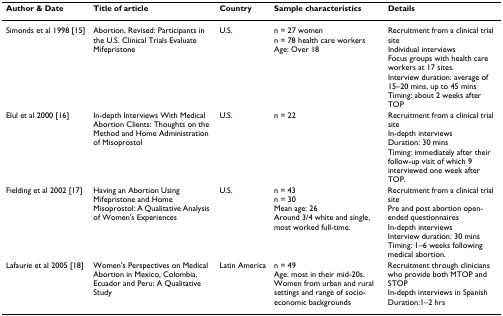
| Author & Date | Title of article | Country | Sample characteristics | Details |
 | --- | --- | --- | --- | --- |
 | Simonds et al 1998 [15] | Abortion, Revised: Participants in the U.S. Clinical Trials Evaluate Mifepristone | U.S. | n = 27 womenn = 78 health care workersAge: Over 18 | Recruitment from a clinical trial siteIndividual interviewsFocus groups with health care workers at 17 sites.Interview duration: average of 15–20 mins, up to 45 minsTiming: about 2 weeks after TOP |
 | Elul et al 2000 [16] | In-depth Interviews With Medical Abortion Clients: Thoughts on the Method and Home Administration of Misoprostol | U.S. | n = 22 | Recruitment from a clinical trial siteIn-depth interviewsDuration: 30 minsTiming: immediately after their follow-up visit of which 9 interviewed one week after TOP. |
 | Fielding et al 2002 [17] | Having an Abortion Using Mifepristone and Home Misoprostol: A Qualitative Analysis of Women's Experiences | U.S. | n = 43n = 30Mean age: 26Around 3/4 white and single, most worked full-time. | Recruitment from a clinical trial sitePre and post abortion open-ended questionnairesIn-depth interviewsInterview duration: 30 minsTiming: 1–6 weeks following medical abortion. |
 | Lafaurie et al 2005 [18] | Women's Perspectives on Medical Abortion in Mexico, Colombia, Ecuador and Peru: A Qualitative Study | Latin America | n = 49Age: most in their mid-20s.Women from urban and rural settings and range of socio-economic backgrounds | Recruitment through clinicians who provide both MTOP and STOPIn-depth interviews in SpanishDuration:1–2 hrs |